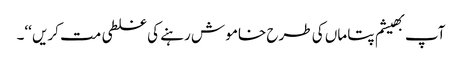
آپ بھیشم پتا ماں کی طرح خامو ش رہنے کی غلطی مت کریں ‘‘۔